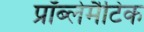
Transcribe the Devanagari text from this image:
प्रॉब्लेमैटिक